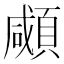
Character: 顑